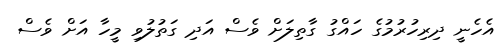
އެހެނީ ދިރިހުރުމުގެ ހައްގު ގާތިލަށް ވެސް އަދި ގަތުލުވި މީހާ އަށް ވެސް